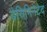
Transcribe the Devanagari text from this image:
डेसिमिनेटेद